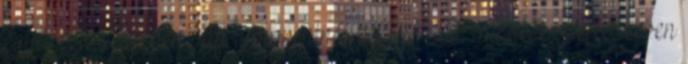
egyik petefészekben van tumor, nincs ascites I.B.: mindkét petefészekben